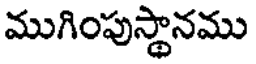
ముగింపుస్థానము